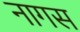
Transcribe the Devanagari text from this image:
नागस